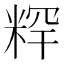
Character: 𥺍